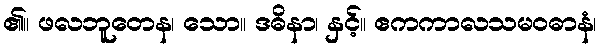
၏။ ဖလဘူတေန၊ သော။ ဒဓိနာ၊ နှင့်။ ဧကကာလသမဝဓာနံ၊